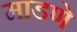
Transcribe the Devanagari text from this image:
माडणे